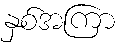
နှစ်အကြာ